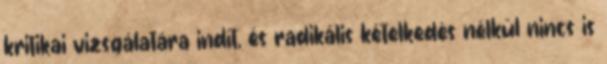
kritikai vizsgálatára indít, és radikális kételkedés nélkül nincs is